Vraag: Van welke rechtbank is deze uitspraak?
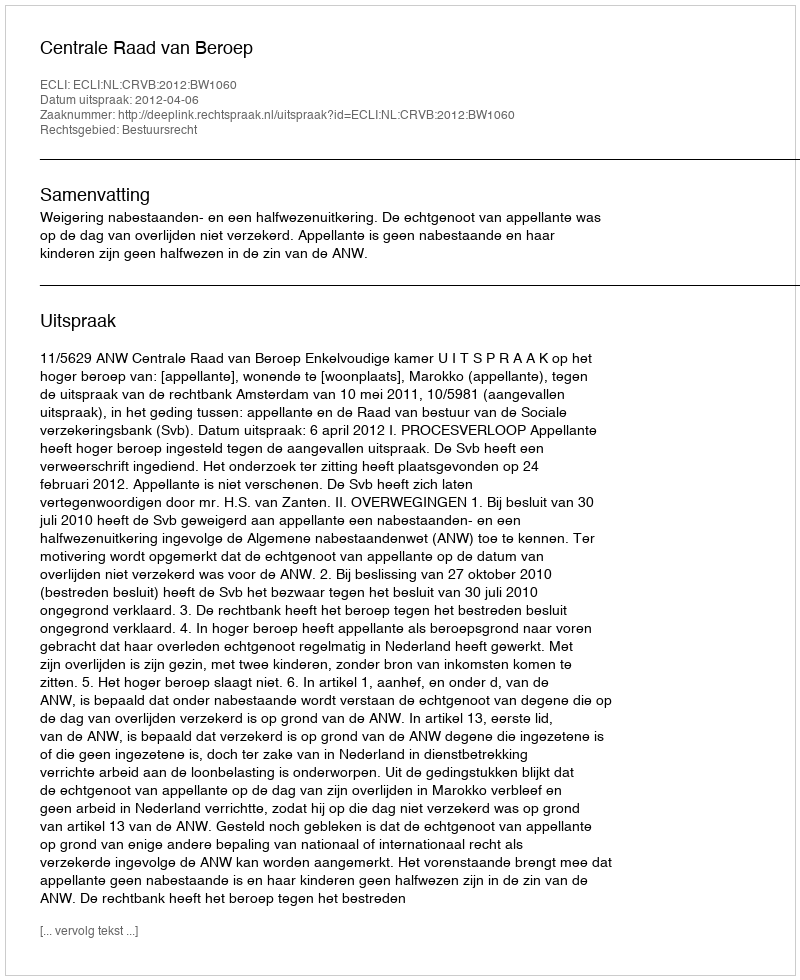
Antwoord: Centrale Raad van Beroep